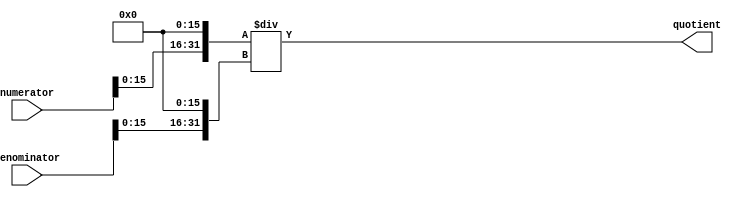
module Fractional_Divider (
    input [31:0] numerator,
    input [31:0] denominator,
    output reg [31:0] quotient
);

// Convert input fractions to a common base
reg [31:0] numerator_base;
reg [31:0] denominator_base;

initial begin
    numerator_base = numerator << 16;
    denominator_base = denominator << 16;
end

// Perform division operation
always @ (*) begin
    quotient = numerator_base / denominator_base;
end

endmodule